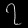
Digit: ၇